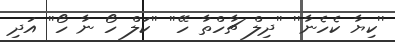
''ކިޔާ ކެހެނާ'' ''ދިލް ޗާހްތާ ހޭ'' ''ކަލް ހޯ ނާ ހޯ'' އަދި